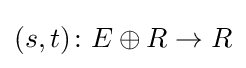
(s,t)\colon E\oplus R\to R